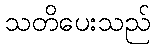
သတိပေးသည်